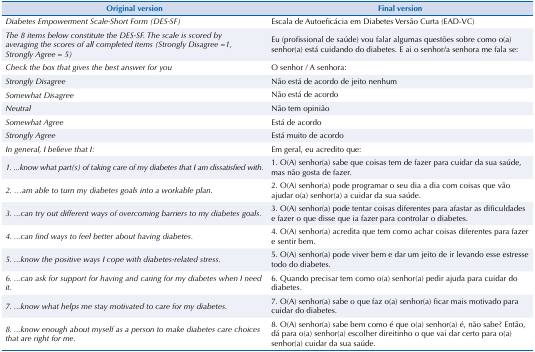
| Original version | Final version |
 | --- | --- |
 | Diabetes Empowerment Scale-Short Form (DES-SF) | Escala de Autoeficácia em Diabetes Versão Curta (EAD-VC) |
 | The 8 items below constitute the DES-SF. The scale is scored by averaging the scores of all completed items (Strongly Disagree =1, Strongly Agree = 5) | Eu (profissional de saúde) vou falar algumas questões sobre como o(a) senhor(a) está cuidando do diabetes. E ai o senhor/a senhora me fala se: |
 | Check the box that gives the best answer for you | O senhor / A senhora: |
 | Strongly Disagree | Não está de acordo de jeito nenhum |
 | Somewhat Disagree | Não está de acordo |
 | Neutral | Não tem opinião |
 | Somewhat Agree | Está de acordo |
 | Strongly Agree | Está muito de acordo |
 | In general, I believe that I: | Em geral, eu acredito que: |
 | 1. ...know what part(s) of taking care of my diabetes that I am dissatisfied with. | 1. O(A) senhor(a) sabe que coisas tem de fazer para cuidar da sua saúde, mas não gosta de fazer. |
 | 2. ...am able to turn my diabetes goals into a workable plan. | 2. O(A) senhor(a) pode programar o seu dia a dia com coisas que vão ajudar o(a) senhor(a) a cuidar da sua saúde. |
 | 3. ...can try out different ways of overcoming barriers to my diabetes goals. | 3. O(A) senhor(a) pode tentar coisas diferentes para afastar as dificuldades e fazer o que disse que ia fazer para controlar o diabetes. |
 | 4. ...can find ways to feel better about having diabetes. | 4. O(A) senhor(a) acredita que tem como achar coisas diferentes para fazer e sentir bem. |
 | 5. ...know the positive ways I cope with diabetes-related stress. | 5. O(A) senhor(a) pode viver bem e dar um jeito de ir levando esse estresse todo do diabetes. |
 | 6. ...can ask for support for having and caring for my diabetes when I need it. | 6. Quando precisar tem como o(a) senhor(a) pedir ajuda para cuidar do diabetes. |
 | 7. ...know what helps me stay motivated to care for my diabetes. | 7. O(A) senhor(a) sabe o que faz o(a) senhor(a) ficar mais motivado para cuidar do diabetes. |
 | 8. ...know enough about myself as a person to make diabetes care choices that are right for me. | 8. O(A) senhor(a) sabe bem como é que o(a) senhor(a) é, não sabe? Então, dá para o(a) senhor(a) escolher direitinho o que vai dar certo para o(a) senhor(a) cuidar da sua saúde. |